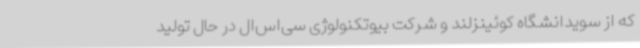
که از سویدانشگاه کوئینزلند و شرکت بیوتکنولوژی سی‌اس‌ال در حال تولید